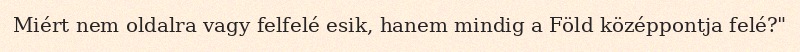
Miért nem oldalra vagy felfelé esik, hanem mindig a Föld középpontja felé?"